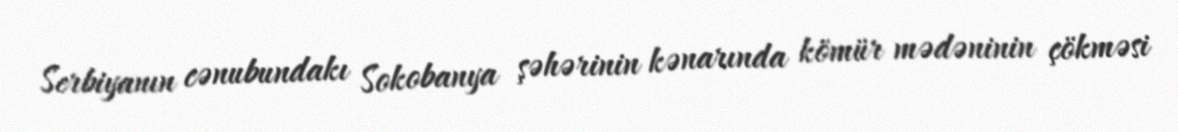
Serbiyanın cənubundakı Sokobanya şəhərinin kənarında kömür mədəninin çökməsi